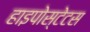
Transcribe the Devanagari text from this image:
हाइपोस्टेटस